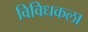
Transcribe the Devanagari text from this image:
विविधकला